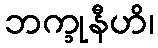
ဘက္ခုနီဟိ၊